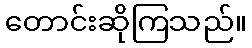
တောင်းဆိုကြသည်။